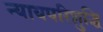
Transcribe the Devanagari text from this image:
न्यायपरिशुद्धि